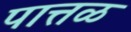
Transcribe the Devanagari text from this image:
पात्तळ